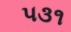
૫૩૧